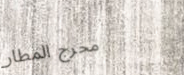
مخرج المطار